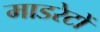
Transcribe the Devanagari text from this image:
माडरेटों